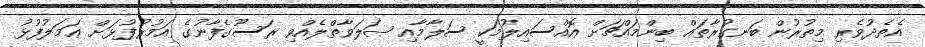
އެތެދުވެރި މިތުރުން ބަނގުރާތައް ބިންމައްޗަށް އޮއްސައިލުމަކީ ސަލާމާއި ޞަލަވާތްލެއްވި ރަސޫގެފާނުގެ އަމުރުފުޅަށް ޢަމަލުފުޅު